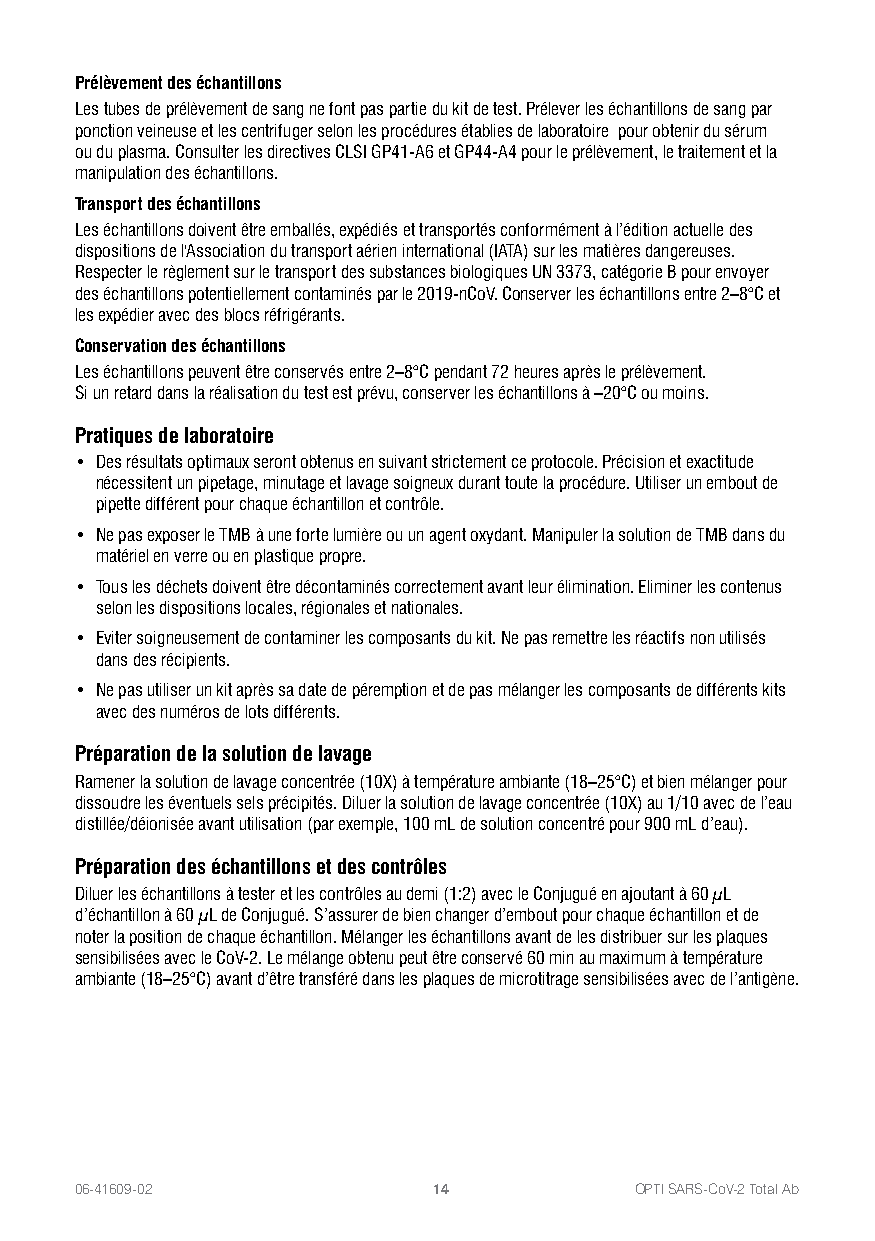
Prélèvement des échantillons
 Les tubes de prélèvement de sang ne font pas partie du kit de test. Prélever les échantillons de sang par
 ponction veineuse et les centrifuger selon les procédures établies de laboratoire pour obtenir du sérum
 ou du plasma. Consulter les directives CLSI GP41-A6 et GP44-A4 pour le prélèvement, le traitement et la
 manipulation des échantillons.
 Transport des échantillons
 Les échantillons doivent être emballés, expédiés et transportés conformément à l’édition actuelle des
 dispositions de l'Association du transport aérien international (IATA) sur les matières dangereuses.
 Respecter le règlement sur le transport des substances biologiques UN 3373, catégorie B pour envoyer
 des échantillons potentiellement contaminés par le 2019-nCoV. Conserver les échantillons entre 2–8°C et
 les expédier avec des blocs réfrigérants.
 Conservation des échantillons
 Les échantillons peuvent être conservés entre 2–8°C pendant 72 heures après le prélèvement.
 Si un retard dans la réalisation du test est prévu, conserver les échantillons à –20°C ou moins.
 Pratiques de laboratoire
 • Des résultats optimaux seront obtenus en suivant strictement ce protocole. Précision et exactitude
 nécessitent un pipetage, minutage et lavage soigneux durant toute la procédure. Utiliser un embout de
 pipette différent pour chaque échantillon et contrôle.
 • Ne pas exposer le TMB à une forte lumière ou un agent oxydant. Manipuler la solution de TMB dans du
 matériel en verre ou en plastique propre.
 • Tous les déchets doivent être décontaminés correctement avant leur élimination. Eliminer les contenus
 selon les dispositions locales, régionales et nationales.
 • Eviter soigneusement de contaminer les composants du kit. Ne pas remettre les réactifs non utilisés
 dans des récipients.
 • Ne pas utiliser un kit après sa date de péremption et de pas mélanger les composants de différents kits
 avec des numéros de lots différents.
 Préparation de la solution de lavage
 Ramener la solution de lavage concentrée (10X) à température ambiante (18–25°C) et bien mélanger pour
 dissoudre les éventuels sels précipités. Diluer la solution de lavage concentrée (10X) au 1/10 avec de l’eau
 distillée/déionisée avant utilisation (par exemple, 100 mL de solution concentré pour 900 mL d’eau).
 Préparation des échantillons et des contrôles
 Diluer les échantillons à tester et les contrôles au demi (1:2) avec le Conjugué en ajoutant à 60 μL
 d’échantillon à 60 μL de Conjugué. S’assurer de bien changer d’embout pour chaque échantillon et de
 noter la position de chaque échantillon. Mélanger les échantillons avant de les distribuer sur les plaques
 sensibilisées avec le CoV-2. Le mélange obtenu peut être conservé 60 min au maximum à température
 ambiante (18–25°C) avant d’être transféré dans les plaques de microtitrage sensibilisées avec de l’antigène.
 06-41609-02             14           OPTI SARS-CoV-2 Total Ab